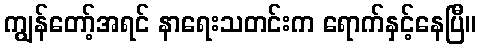
ကျွန်တော့်အရင် နာရေးသတင်းက ရောက်နှင့်နေပြီ။